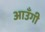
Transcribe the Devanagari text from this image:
आउँगी